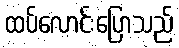
ထပ်လောင်းပြောသည်